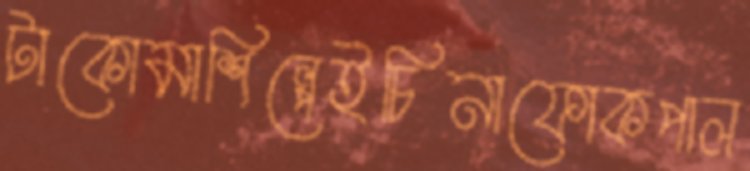
টাকোমাশিল্পেইচিনাফোকপাল